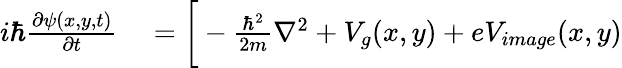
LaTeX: \begin{array}{rl}{i\hbar\frac{\partial\psi(x,y,t)}{\partial t}}&{{}=\bigg[-\frac{\hbar^{2}}{2m}\nabla^{2}+V_{g}(x,y)+eV_(x,y)}\end{array}